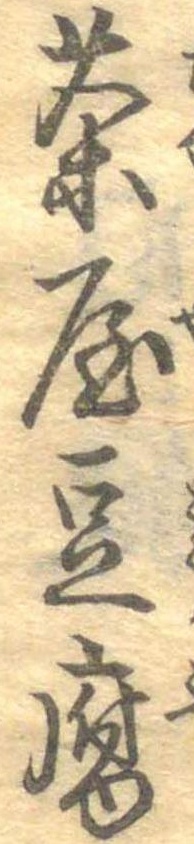
茶屋豆腐